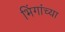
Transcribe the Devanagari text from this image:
भिंगांच्या